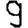
Digit: 9